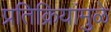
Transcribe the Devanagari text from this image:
प्रतिक्रियांमुळे